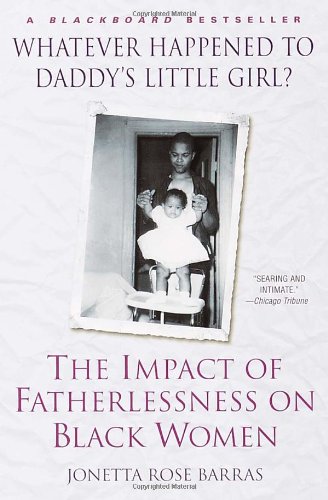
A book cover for Whatever Happened to Daddy's Little Girl?: The Impact of Fatherlessness on Black Women; Jonetta Rose Barras; Gay & Lesbian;